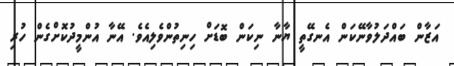
އަޒާން ބައްދަލުވާނޭކަން އެނގޭތީ ޔާނާ ނިކަން ބޮޑަށް ހިނިތުންވެލިއެވެ. އޭނާ އުންމީދުކޮށްގެން ހުރި